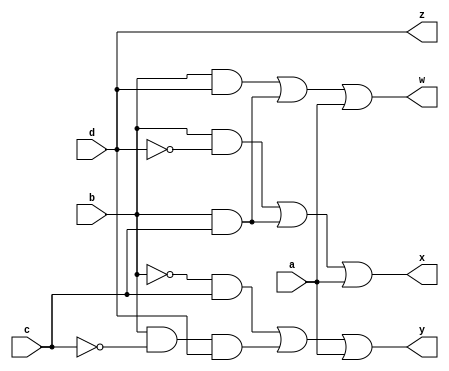
`timescale 1ns / 1ps
//////////////////////////////////////////////////////////////////////////////////
// Company: 
// Engineer: 
// 
// Design Name: 
// Module Name: inv
// Project Name: 
// Target Devices: 
// Tool Versions: 
// Description: 
// 
// Dependencies: 
// 
// Revision:
// Revision 0.01 - File Created
// Additional Comments:
// 
//////////////////////////////////////////////////////////////////////////////////


module inv(
    input a, b, c, d,
    output w, x, y, z
);

// w = bd + bc + a
// x = bd' + bc + a
// y = b'c + bc'd + a
// z = d

assign w = (b & d) | (b & c) | (a);
assign x = (b & ~d) | (b & c) | (a);
assign y = (~b & c) | (b & ~c & d) | (a);
assign z = d;

endmodule